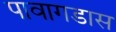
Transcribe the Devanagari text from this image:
पावागडास